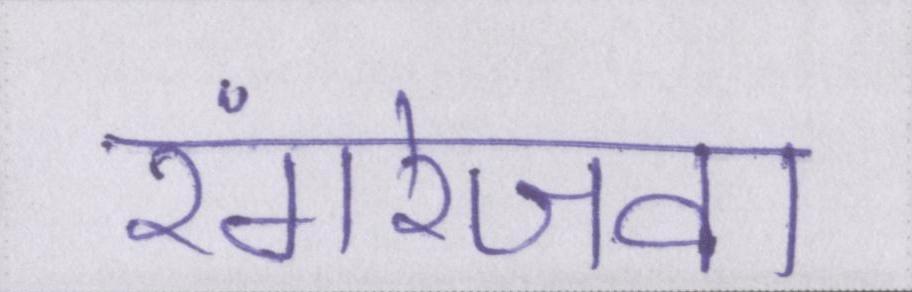
रंगरेजवा